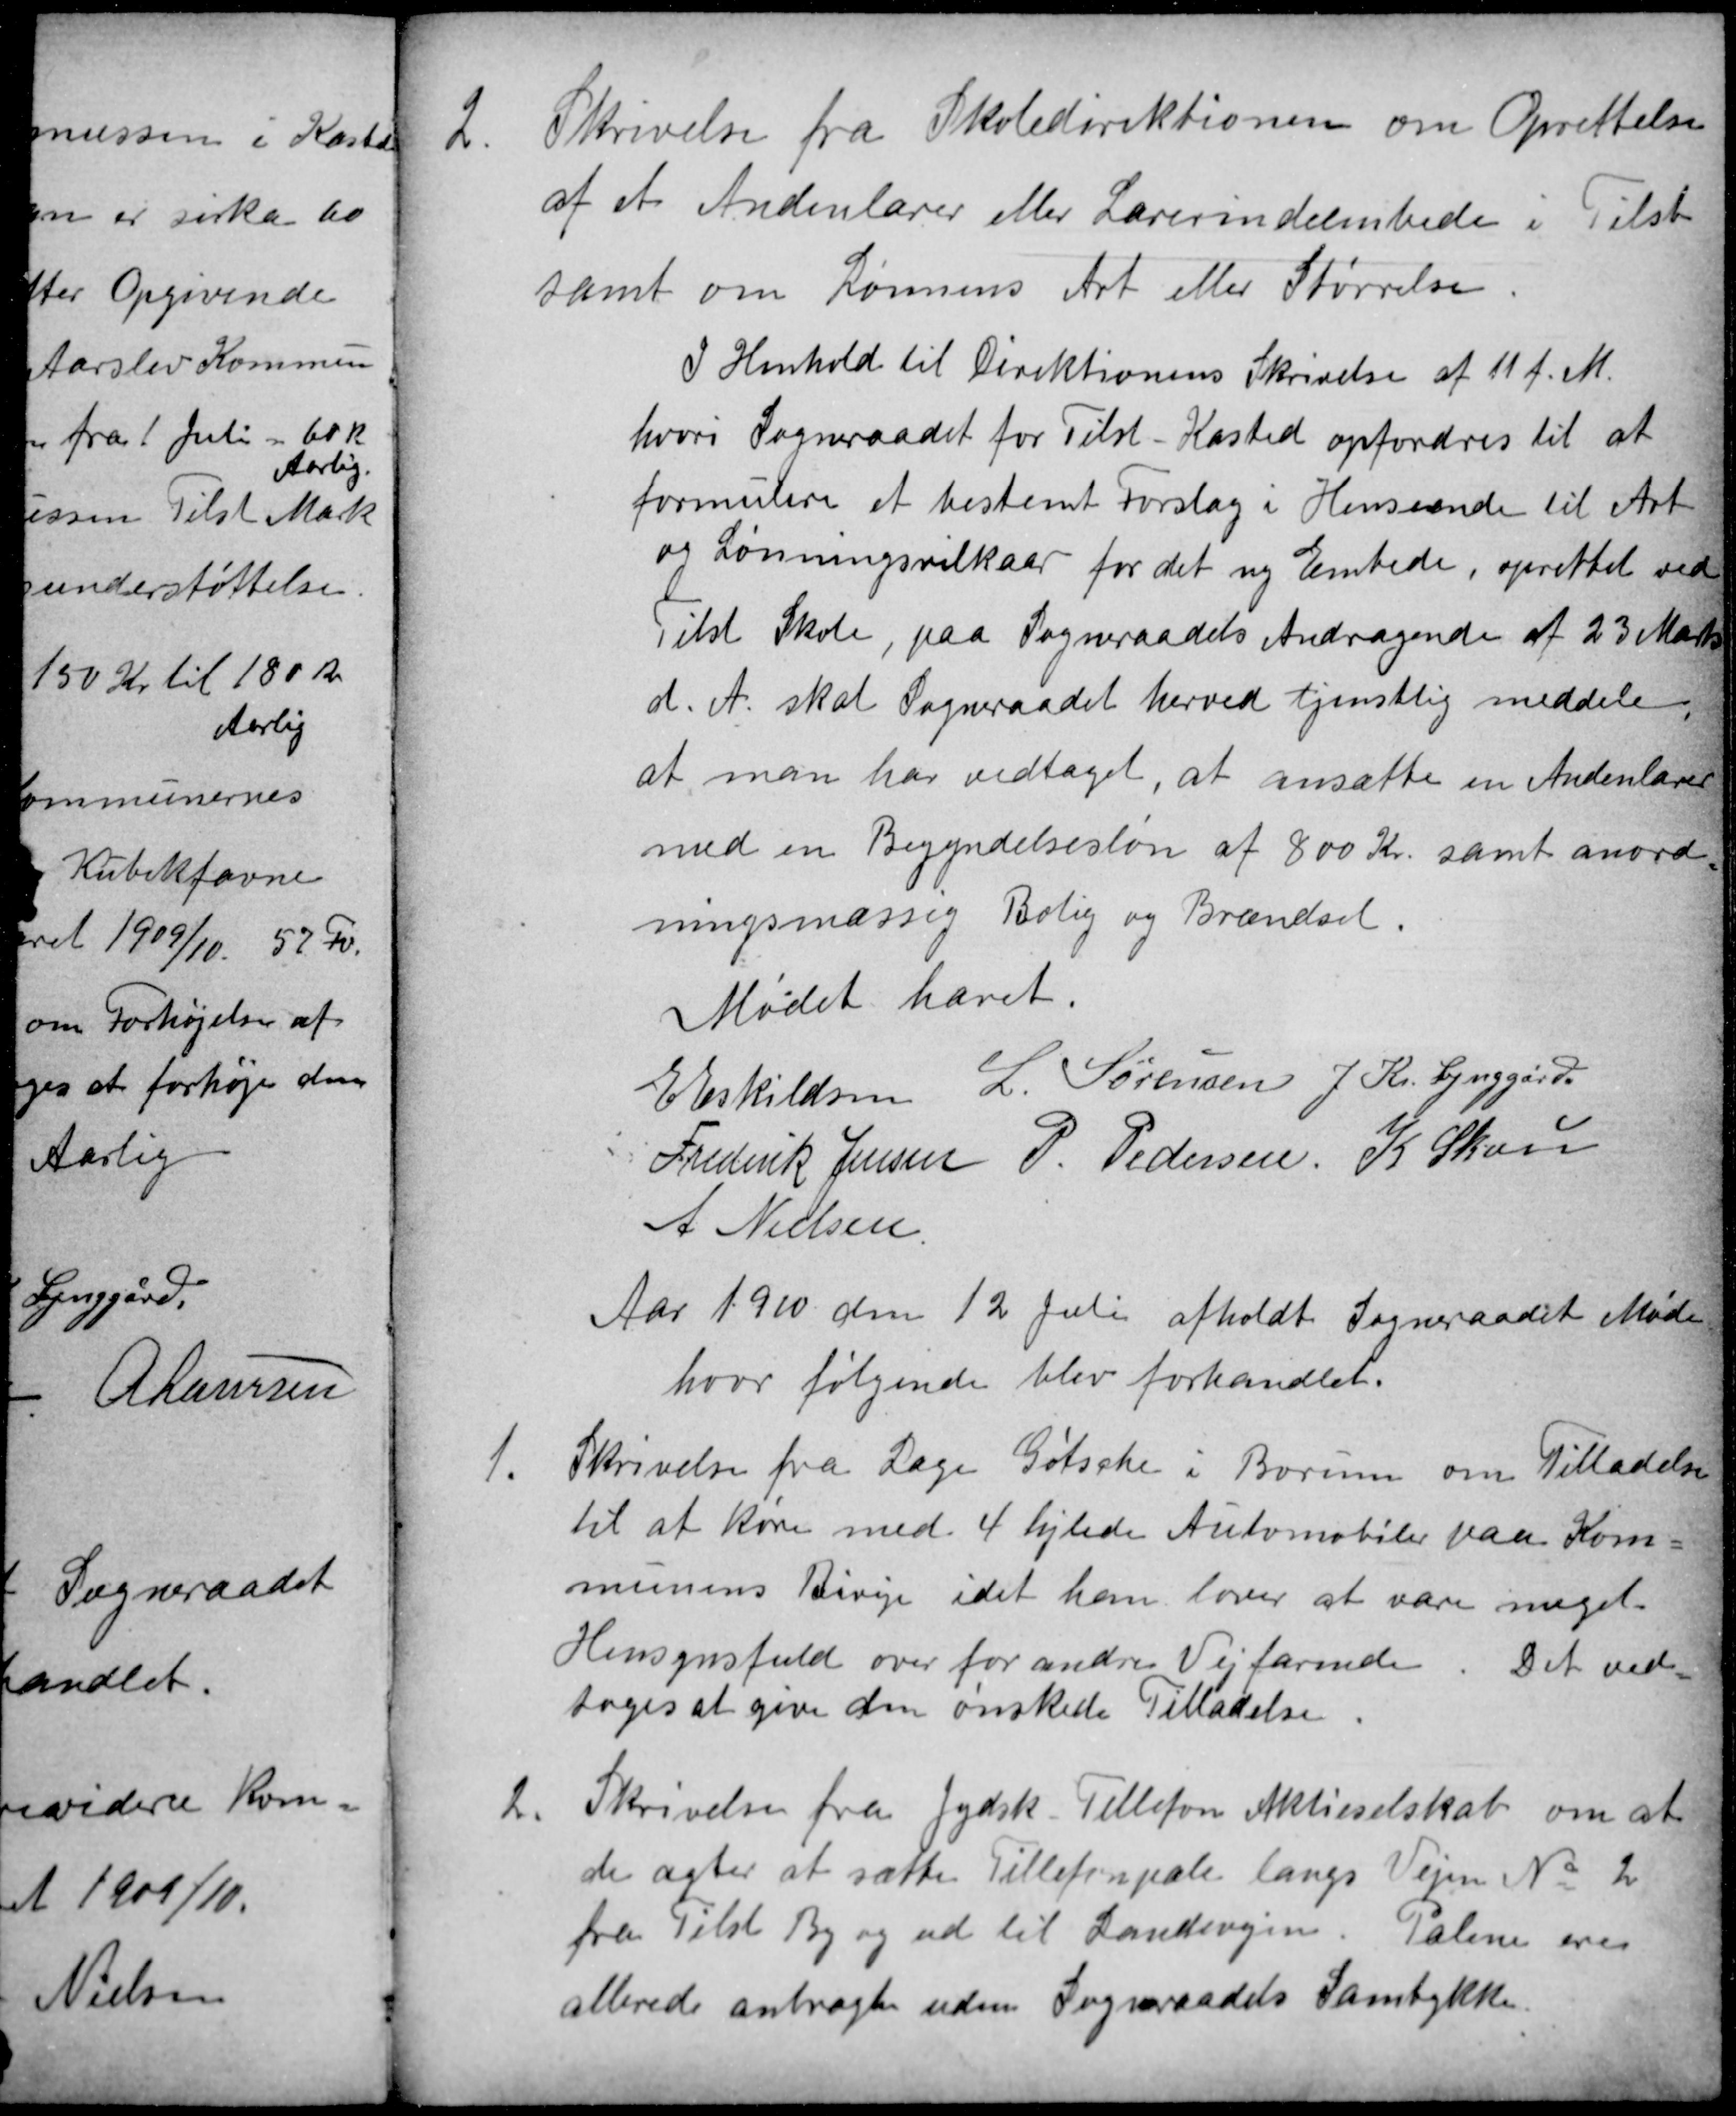
Transskription:
2
Skrivelse fra Skoledirektionen om Oprettelse
af et Andenlærer eller Lærerindeembede i Tilst
samt om Lønnens Art eller Størrelse.
I Henhold til Direktionens Skrivelse af 11 f.M.
hvori Sogneraadet for Tilst-Kasted opfordres til at
formulere et bestemt Forslag i Henseende til Art
og Lønningsvilkaar for det ny Embede, oprettet ved
Tilst Skole, paa Sogneraadets Andragende af 23 Marts
d.A. skal Sogneraadet herved tjenstlig meddele,
at man har vedtaget, at ansatte en Andenlærer
med en Begyndelsesløn af 800 Kr. samt anord
ningsmæssig Bolig og Brændsel.
Mødet hævet.
E Eskildsen
L. Sørensen J. Kr. Lynggård
Frederik Jensen
P. Pedersen,
K Skou
A Nielsen
Aar 1910 den 12 Juli afholdt Sogneraadet Møde
hvor følgende blev forhandlet.
1.
Skrivelse fra Læge Gøtsche i Borum om Tilladelse
til at køre med 4 hjulede Automobiler paa Kom
munens Biveje idet han lover at være meget
Hensynsfuld over for andre Vejfarende. Det ved
toges at give den ønskede Tilladelse
2.
Skrivelse fra Jydsk Tellefon Aktieselskab om at
de agter at sætte Tillefonpæle langs Vejen № 2
fra Tilst By og ud til Landevejen. Pælene ere
allerede anbragte uden Sogneraadets Samtykke.